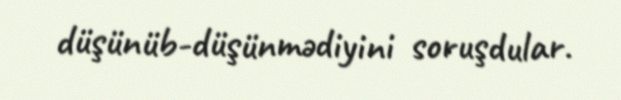
düşünüb-düşünmədiyini soruşdular.